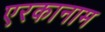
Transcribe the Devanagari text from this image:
एरकानाम